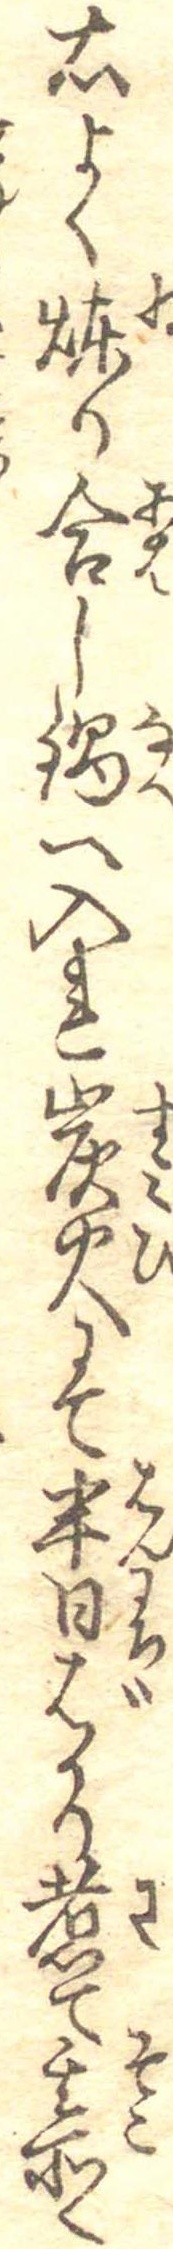
右よく煉り合し鍋へ入れ炭火にて半日ばかり煮て其所へ